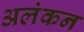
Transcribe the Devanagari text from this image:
अलंकन